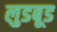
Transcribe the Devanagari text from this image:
लुडबूड